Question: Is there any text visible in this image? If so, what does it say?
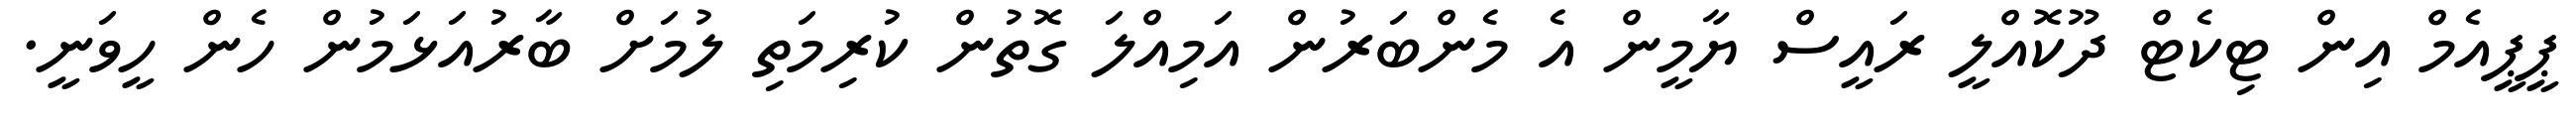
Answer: ޕީޕީއެމް އިން ޓިކެޓް ދޫކޮއްލީ ރައީސް ޔާމީން އެ މެންބަރުން އަމިއްލަ ގޮތުން ކުރިމަތި ލުމަށް ބާރުއަޅަމުން ހެން ހީވަނީ.